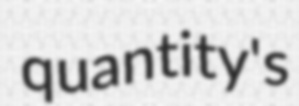
quantity's